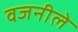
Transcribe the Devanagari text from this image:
वजनीले